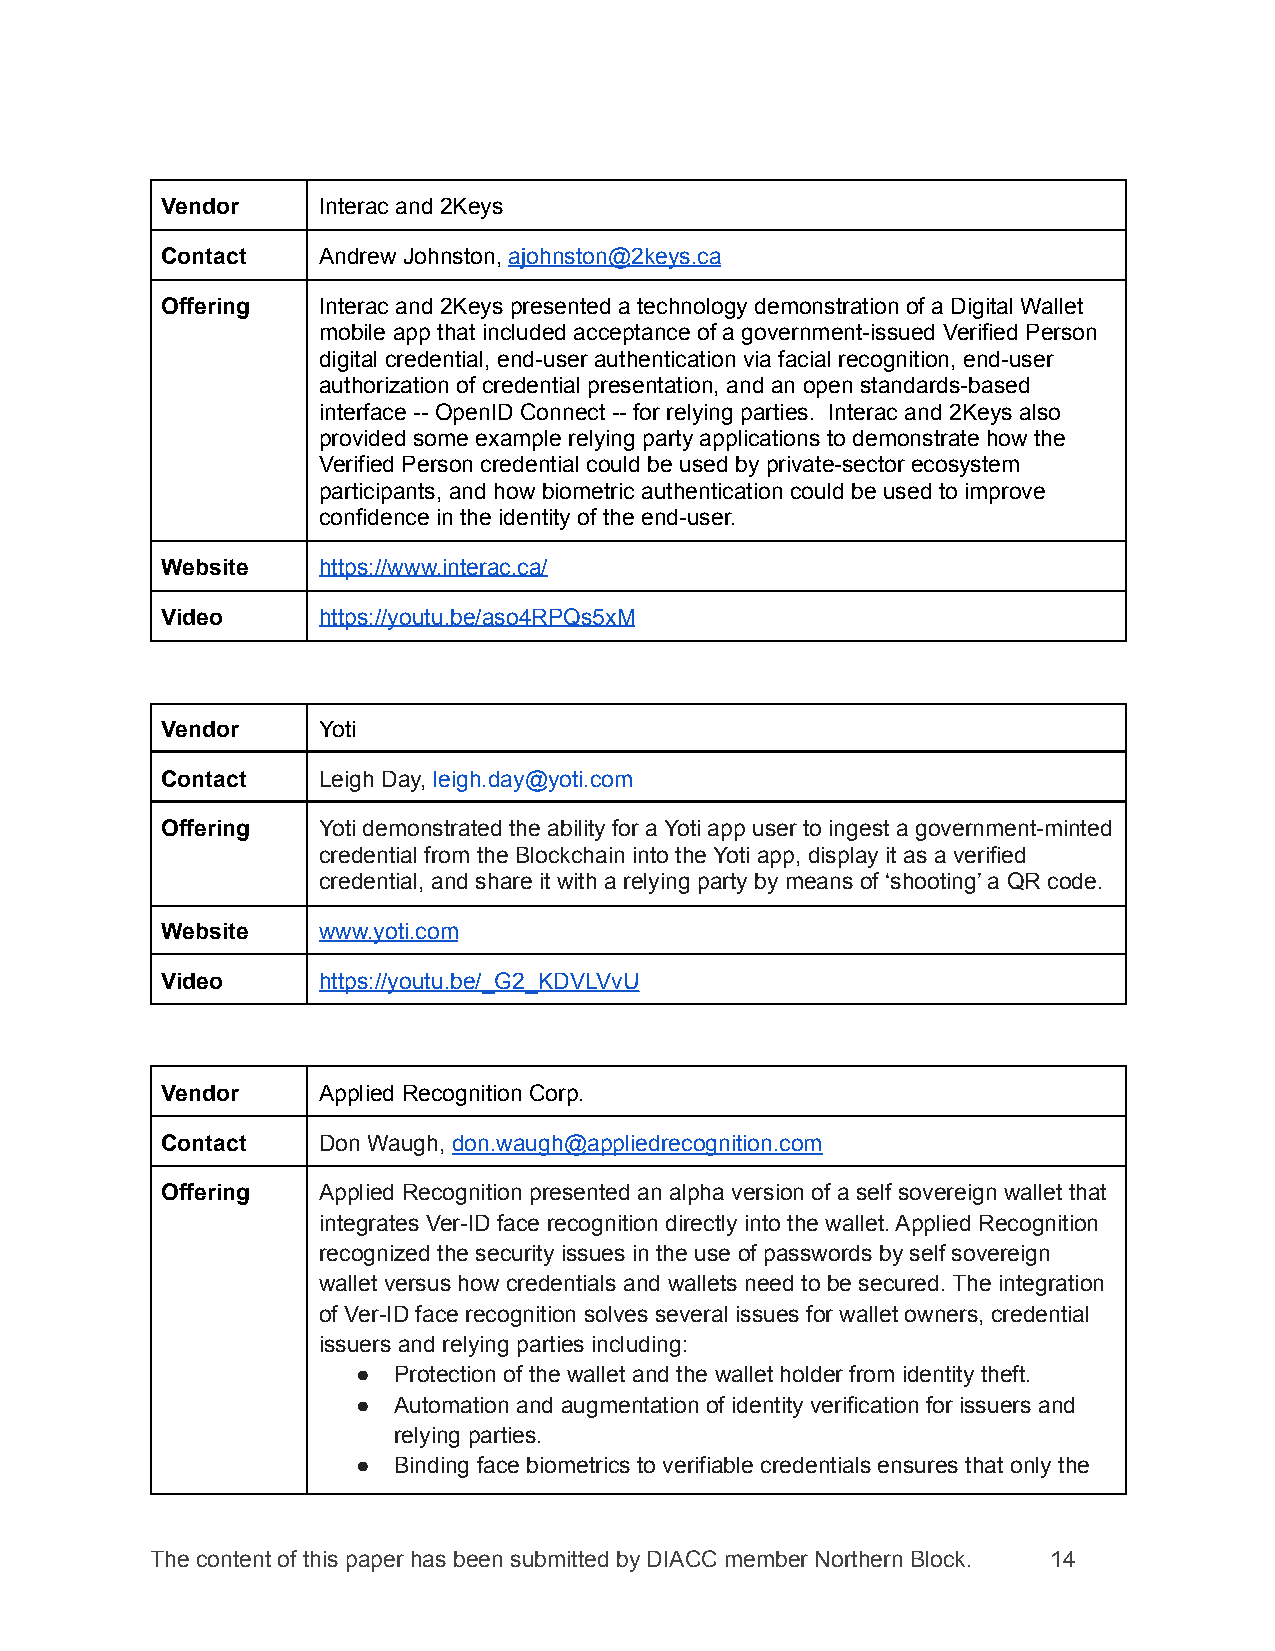
Vendor    Interac and 2Keys
 Contact   Andrew Johnston, ajohnston@2keys.ca
 Offering  Interac and 2Keys presented a technology demonstration of a Digital Wallet
 mobile app that included acceptance of a government-issued Verified Person
 digital credential, end-user authentication via facial recognition, end-user
 authorization of credential presentation, and an open standards-based
 interface -- OpenID Connect -- for relying parties. Interac and 2Keys also
 provided some example relying party applications to demonstrate how the
 Verified Person credential could be used by private-sector ecosystem
 participants, and how biometric authentication could be used to improve
 confidence in the identity of the end-user.
 Website   https://www.interac.ca/
 Video     https://youtu.be/aso4RPQs5xM
 Vendor    Yoti
 Contact   Leigh Day, leigh.day@yoti.com
 Offering  Yoti demonstrated the ability for a Yoti app user to ingest a government-minted
 credential from the Blockchain into the Yoti app, display it as a verified
 credential, and share it with a relying party by means of ‘shooting’ a QR code.
 Website   www.yoti.com
 Video     https://youtu.be/_G2_KDVLVvU
 Vendor    Applied Recognition Corp.
 Contact   Don Waugh, don.waugh@appliedrecognition.com
 Offering  Applied Recognition presented an alpha version of a self sovereign wallet that
 integrates Ver-ID face recognition directly into the wallet. Applied Recognition
 recognized the security issues in the use of passwords by self sovereign
 wallet versus how credentials and wallets need to be secured. The integration
 of Ver-ID face recognition solves several issues for wallet owners, credential
 issuers and relying parties including:
 ● Protection of the wallet and the wallet holder from identity theft.
 ● Automation and augmentation of identity verification for issuers and
 relying parties.
 ● Binding face biometrics to verifiable credentials ensures that only the
 The content of this paper has been submitted by DIACC member Northern Block. 14